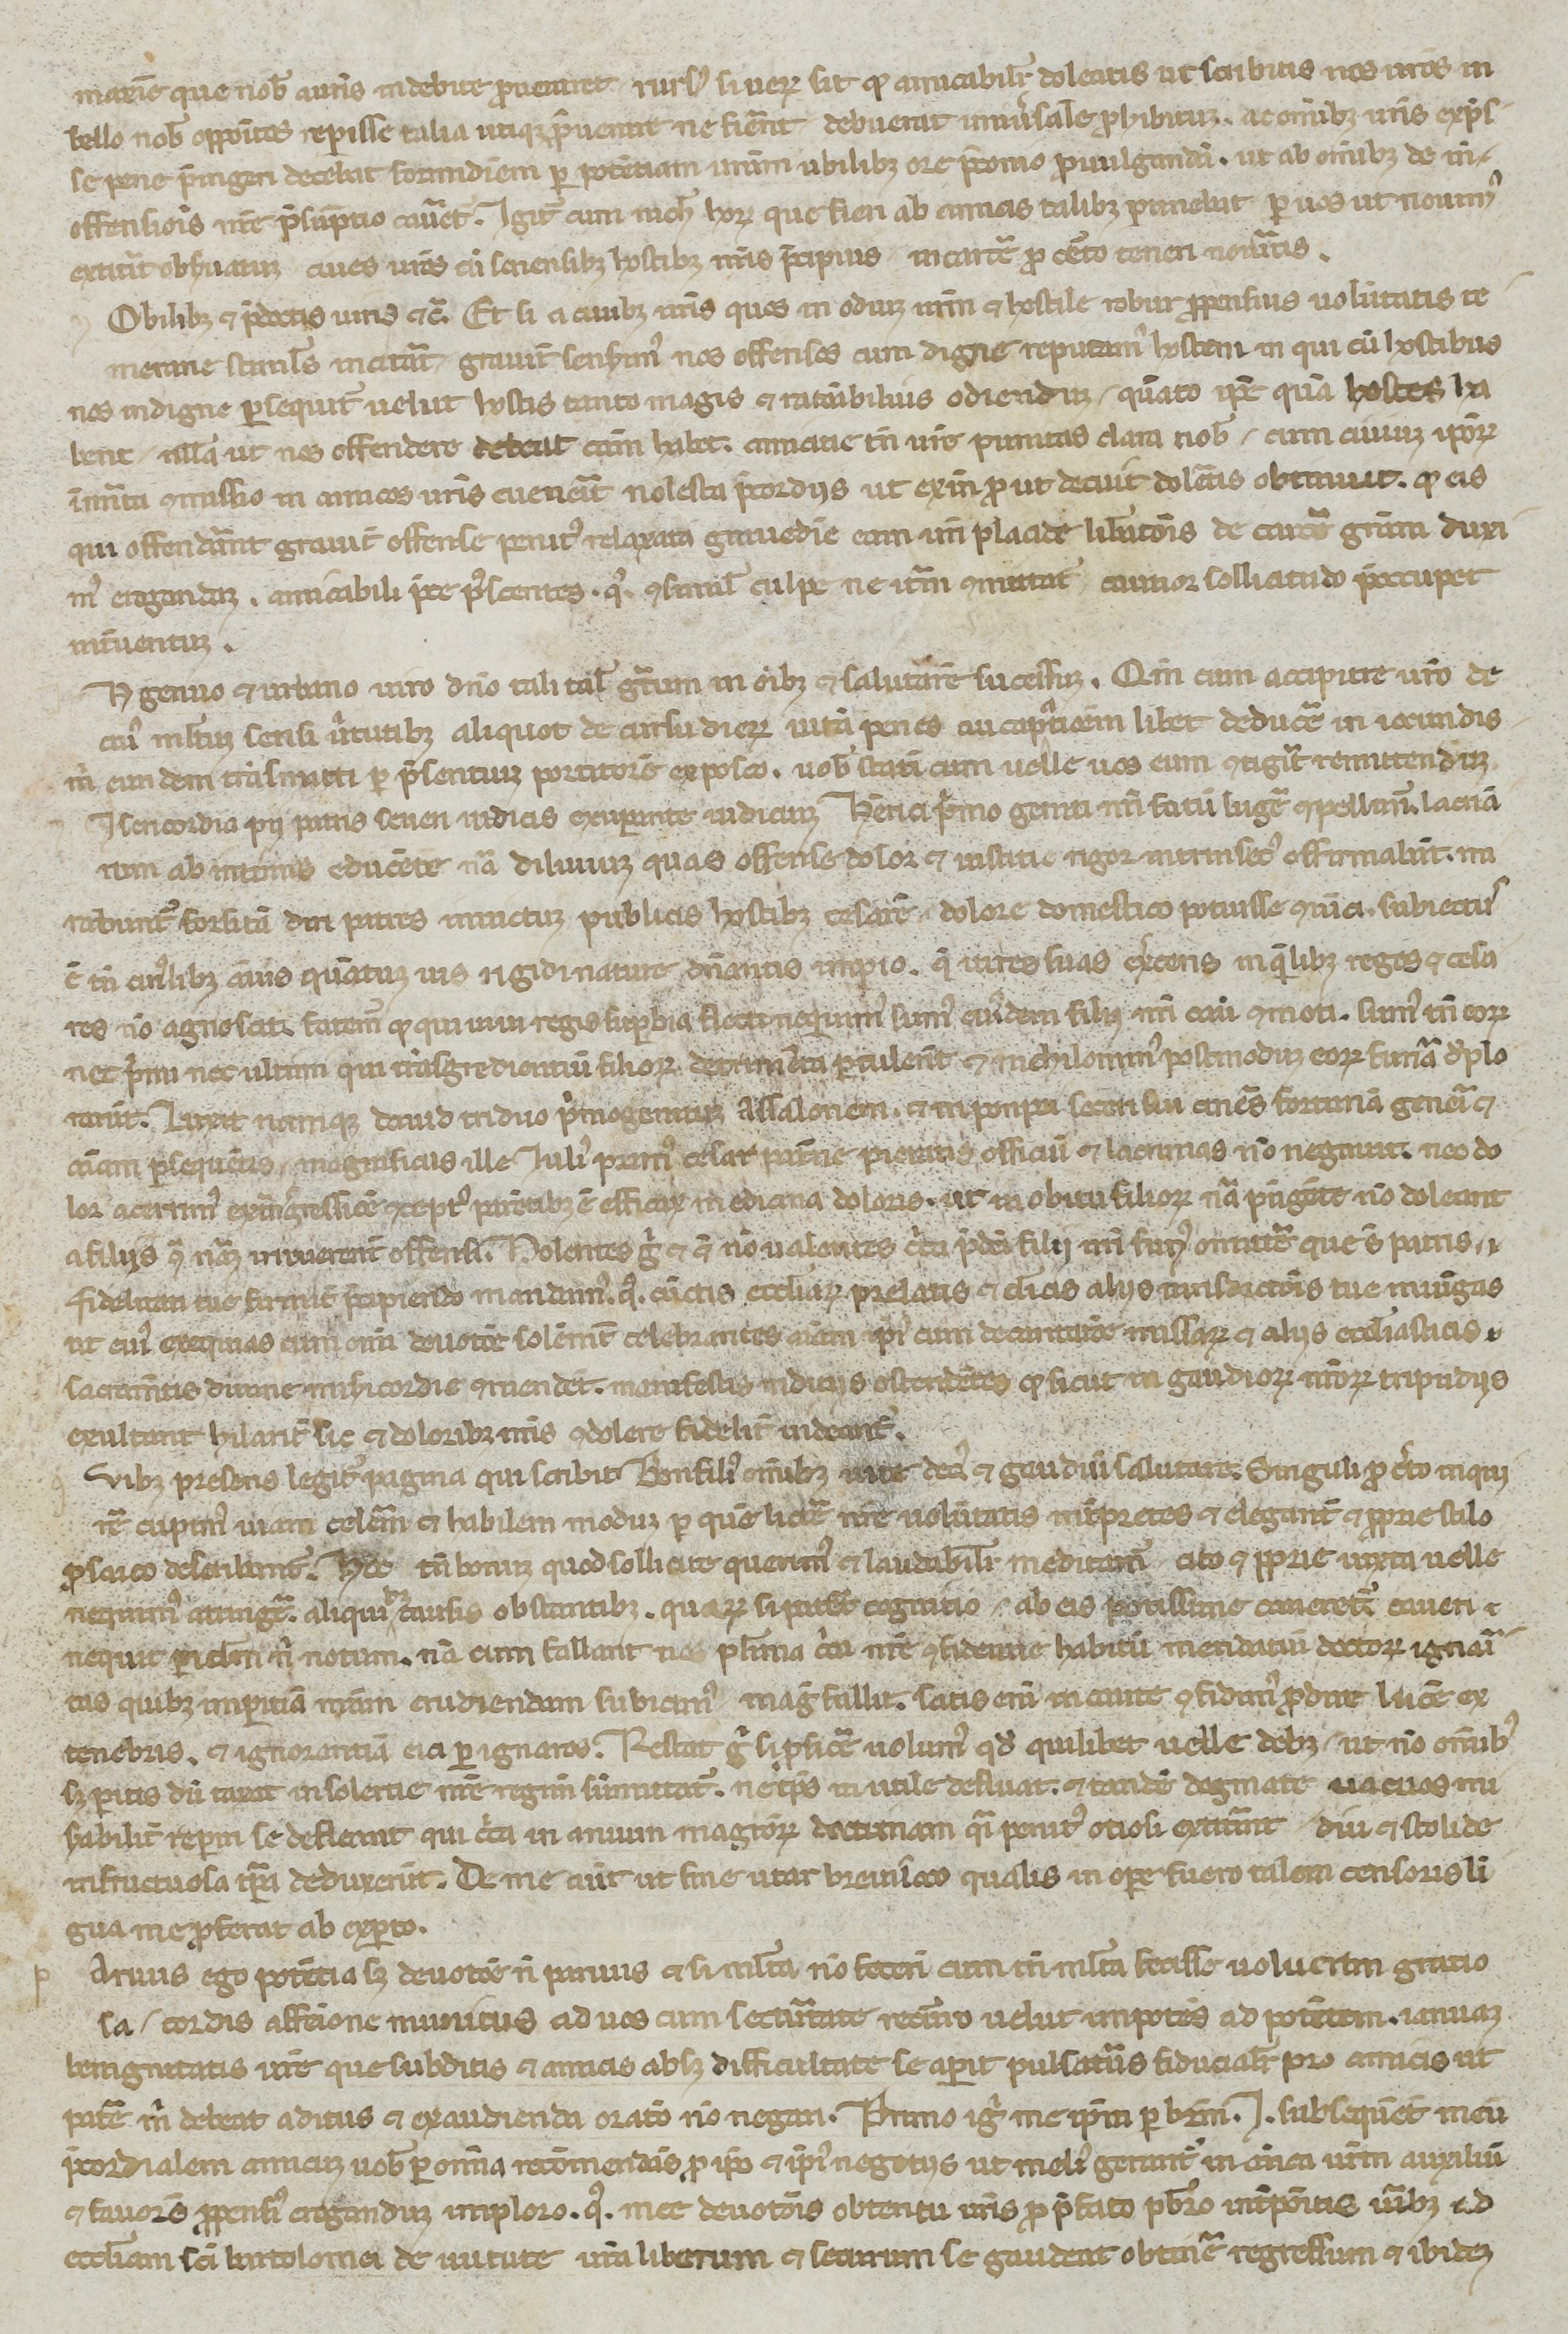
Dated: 1250–1299